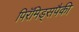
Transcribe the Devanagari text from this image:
पिरॅमिड्सपैकी